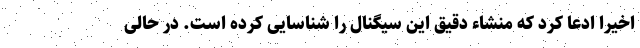
اخیراً ادعا کرد که منشاء دقیق این سیگنال را شناسایی کرده است. در حالی